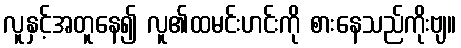
လူနှင့်အတူနေ၍ လူ၏ထမင်းဟင်းကို စားနေသည်ကိုးဗျ။